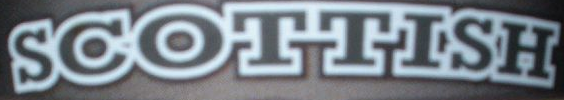
SCOTTISH